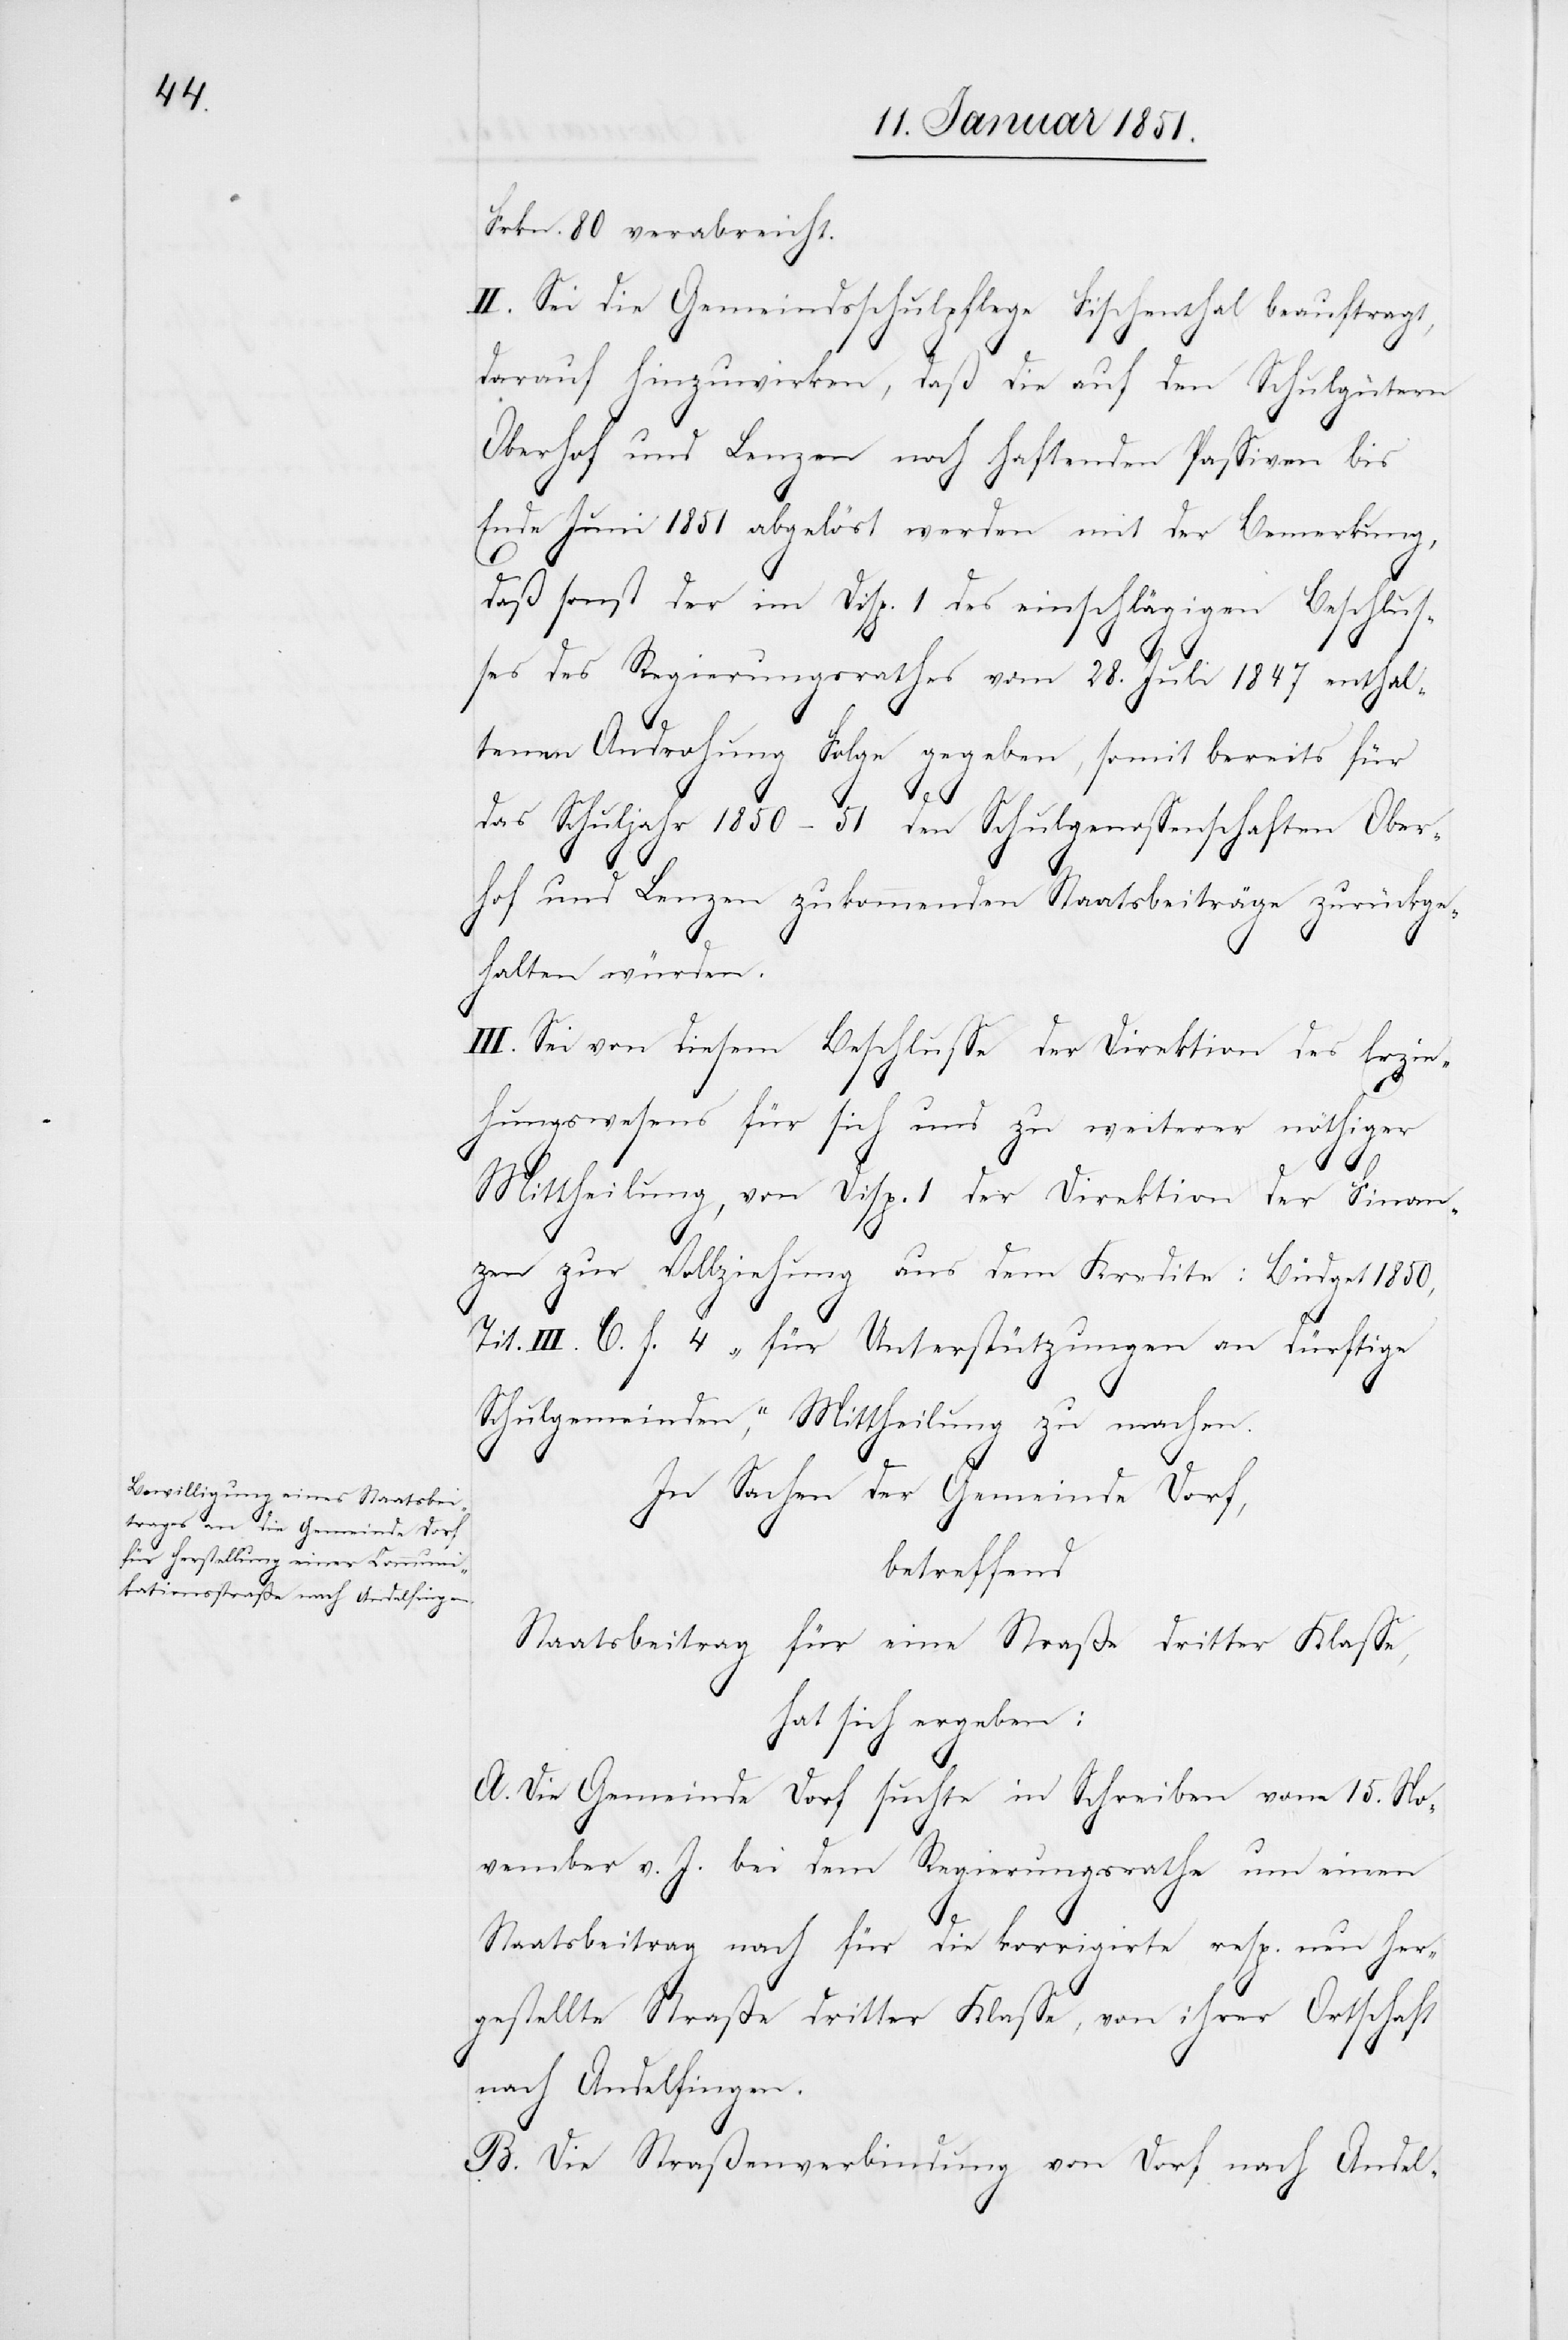
Frkn. 80 verabreicht.
II. Sei die Gemeindsschulpflege Fischenthal beauftragt,
darauf hinzuwirken, daß die auf den Schulgütern
Oberhof und Lenzen noch haftenden Passiven bis
Ende Juni 1851 abgelöst werden mit der Bemerkung,
daß sonst der im Disp. 1 des einschlägigen Beschlus¬
ses des Regierungsrathes vom 28. Juli 1847 enthal¬
tenen Androhung Folge gegeben, somit bereits [die]
für
das Schuljahr 1850–51 den Schulgenossenschaften Ober¬
hof und Lenzen zukommenden Staatsbeiträge zurückge¬
halten würden.
III. Sei von diesem Beschlusse der Direktion des Erzie¬
hungswesens für sich und zu weiterer nöthiger
Mittheilung, von Disp. 1 der Direktion der Finan¬
zen zur Vollziehung aus dem Kredite: Büdget 1850,
Tit. III. C. f. 4 „für Unterstützungen an dürftige
Schulgemeinden“, Mittheilung zu machen.
In Sachen der Gemeinde Dorf,
betreffend
Staatsbeitrag für eine Straße dritter Klasse,
hat sich ergeben:
A. Die Gemeinde Dorf suchte in Schreiben vom 15. No¬
vember v. J. bei dem Regierungsrathe um einen
Staatsbeitrag nach für die korrigirte resp. neu her¬
gestellte Straße dritter Klasse, von ihrer Ortschaft
nach Andelfingen.
B. Die Straßenverbindung von Dorf nach Andel-